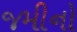
જમીનો